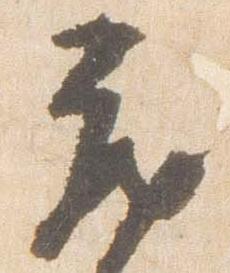
蔵